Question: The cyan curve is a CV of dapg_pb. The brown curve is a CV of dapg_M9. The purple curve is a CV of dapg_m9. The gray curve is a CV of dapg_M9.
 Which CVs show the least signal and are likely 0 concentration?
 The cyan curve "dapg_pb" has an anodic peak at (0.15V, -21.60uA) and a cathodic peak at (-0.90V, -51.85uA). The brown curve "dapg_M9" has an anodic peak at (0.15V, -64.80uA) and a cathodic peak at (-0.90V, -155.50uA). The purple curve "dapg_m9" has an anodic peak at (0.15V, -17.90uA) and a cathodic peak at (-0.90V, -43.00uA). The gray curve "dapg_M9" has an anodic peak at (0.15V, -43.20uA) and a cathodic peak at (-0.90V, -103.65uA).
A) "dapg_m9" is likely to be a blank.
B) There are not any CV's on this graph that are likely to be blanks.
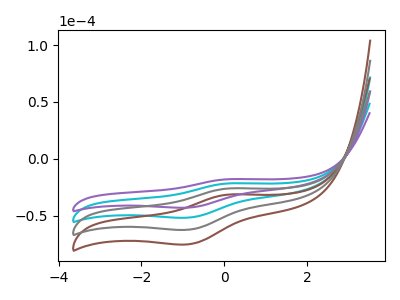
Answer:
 <answer>B) There are not any CV's on this graph that are likely to be blanks.</answer>
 <eval>B</eval>